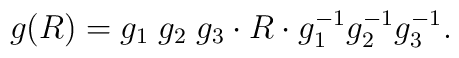
g(R)= g_1\;  g_2\;  g_3 \cdot R\cdot g_1^{-1}g_2^{-1}g_3^{-1} .